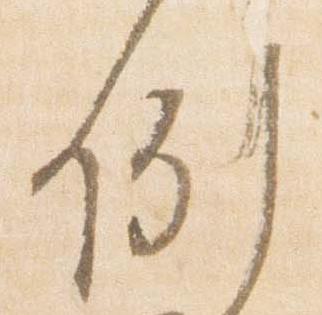
例